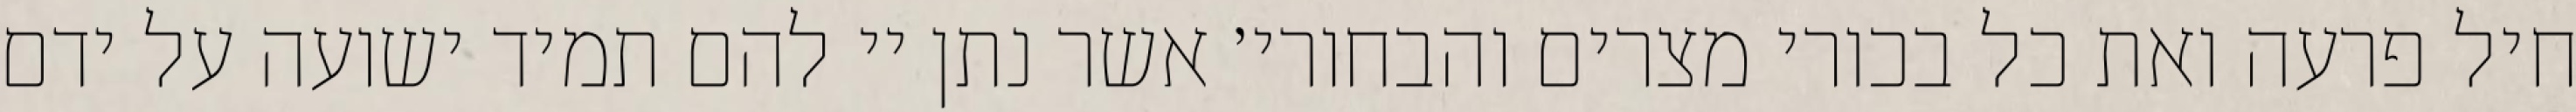
חיל פרעה ואת כל בכורי מצרים והבחורי׳ אשר נתן יי להם תמיד ישועה על ידם